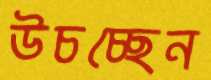
উচচ্ছেন